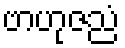
ဗာဟုဇညံ